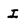
Character: I